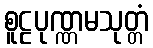
စူဠပုဏ္ဏမသုတ္တံ